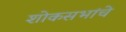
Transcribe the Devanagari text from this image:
शोकसभांचे